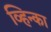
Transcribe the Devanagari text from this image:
व्हिन्का